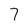
Character: 7